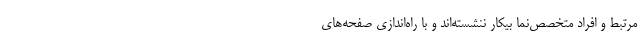
مرتبط و افراد متخصص‌نما بیکار ننشسته‌اند و با راه‌اندازی صفحه‌های